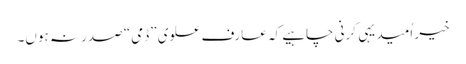
خیر اُمید یہی کرنی چاہیے کہ عارف علوی ”ڈمی“ صدر نہ ہوں۔